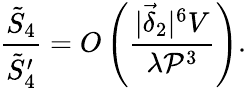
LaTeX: \frac{\tilde{S}_{4}}{\tilde{S}_{4}^{\prime}}=O\left(\frac{|\vec{\delta}_{2}|^{6}V}{\lambda{\cal P}^{3}}\right).